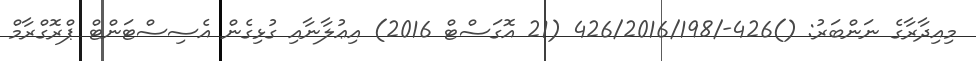
މިއިދާރާގެ ނަންބަރު: ()426-/426/2016/198 (21 އޮގަސްޓް 2016) އިޢުލާނާއި ގުޅިގެން އެސިސްޓަންޓް ޕްރޮގްރާމް